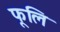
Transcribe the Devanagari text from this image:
फूलि